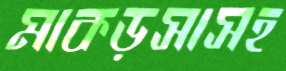
মাকড়সাসহ